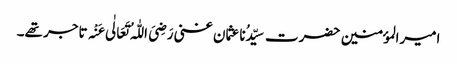
امیرالمؤمنین حضرت سیِّدُناعثمان غنی رَضِیَ اللّٰہُ تَعَالٰی عَنْہ تاجر تھے۔